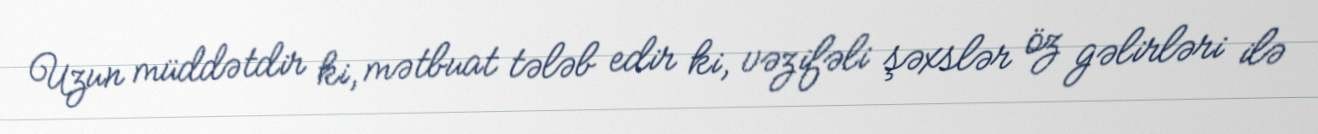
Uzun müddətdir ki, mətbuat tələb edir ki, vəzifəli şəxslər öz gəlirləri ilə